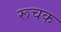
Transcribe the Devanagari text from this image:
रूचक